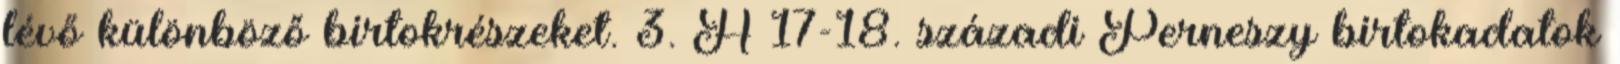
lévő különböző birtokrészeket. 3. A 17-18. századi Perneszy birtokadatok